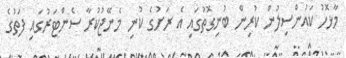
މާޅޮހު ކައުންސިލުން ކުރިން ބުނިގޮތުގައި އެ ރަށުގެ ކުނި މެނޭޖުކުރާ ސެންޓަރުގައި ފަތުގެ